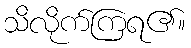
သိလိုက်ကြရ၏။